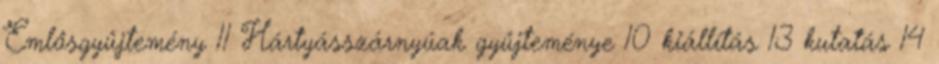
Emlősgyűjtemény 11 Hártyásszárnyúak gyűjteménye 10 kiállítás 13 kutatás 14